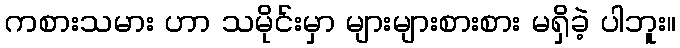
ကစားသမား ဟာ သမိုင်းမှာ များများစားစား မရှိခဲ့ ပါဘူး။